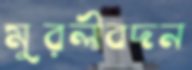
মুরলীবদন